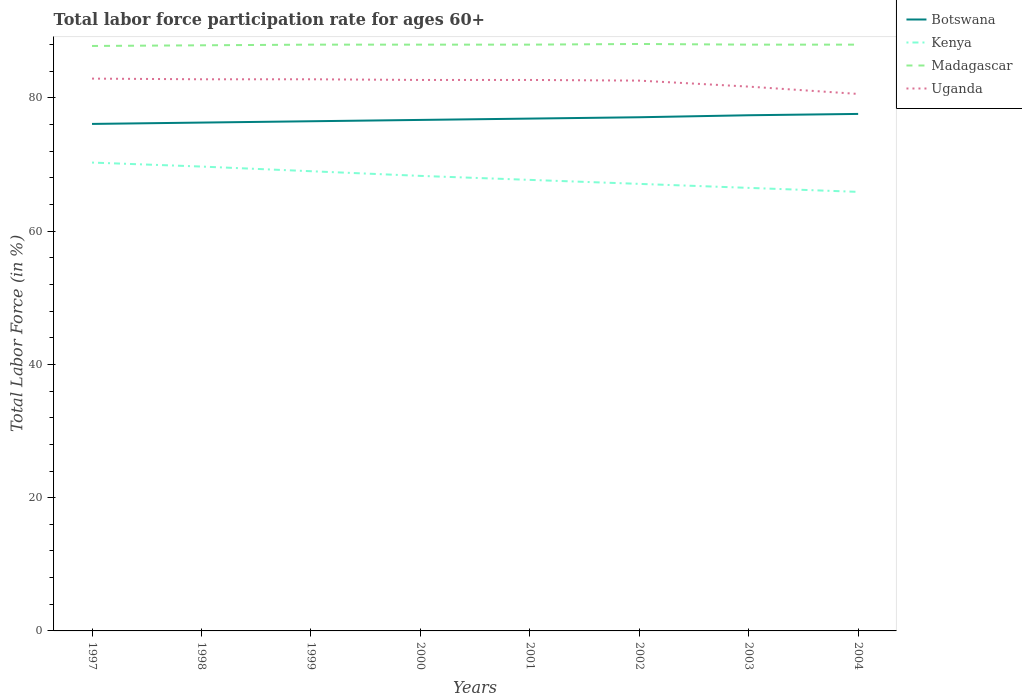
| Years | Botswana | Kenya | Madagascar | Uganda |
 | --- | --- | --- | --- | --- |
 | 1997 | 76.1 | 70.3 | 87.8 | 82.9 |
 | 1998 | 76.3 | 69.7 | 87.9 | 82.8 |
 | 1999 | 76.5 | 69 | 88 | 82.8 |
 | 2000 | 76.7 | 68.3 | 88 | 82.7 |
 | 2001 | 76.9 | 67.7 | 88 | 82.7 |
 | 2002 | 77.1 | 67.1 | 88.1 | 82.6 |
 | 2003 | 77.4 | 66.5 | 88 | 81.7 |
 | 2004 | 77.6 | 65.9 | 88 | 80.6 |